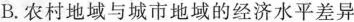
B.农村地域与城市地域的经济水平差异